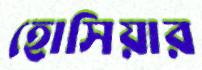
হোসিয়ার